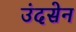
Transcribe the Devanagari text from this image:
उंदसेन